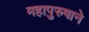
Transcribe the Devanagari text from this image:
महापुरुषाने